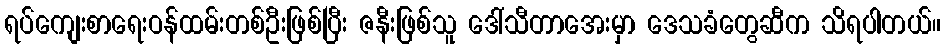
ရပ်ကျေးစာရေးဝန်ထမ်းတစ်ဦးဖြစ်ပြီး ဇနီးဖြစ်သူ ဒေါ်သီတာအေးမှာ ဒေသခံတွေဆီက သိရပါတယ်။